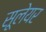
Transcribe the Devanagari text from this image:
सूलेयर